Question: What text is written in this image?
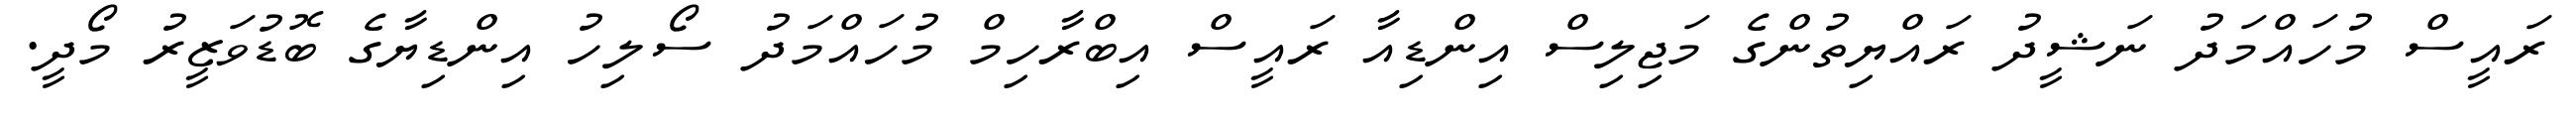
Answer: ރައީސް މުހައްމަދު ނަޝީދު ރައްޔިތުންގެ މަޖިލިސް އިންޑިއާ ރައީސް އިބްރާހިމް މުހައްމަދު ސޯލިހު އިންޑިޔާގެ ބޮޑުވަޒީރު މޯދީ.